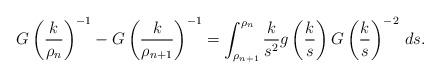
LaTeX: \begin{align*}G\left(\frac k{\rho_n}\right)^{-1}- G\left(\frac k{\rho_{n+1}}\right)^{-1}= \int_{\rho_{n+1}}^{\rho_n} \frac k{s^2}g\left(\frac ks\right) G\left(\frac ks\right)^{-2}\, ds.\end{align*}